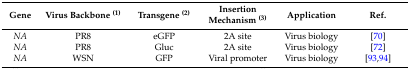
| Gene | Virus Backbone (1) | Transgene (2) | Insertion Mechanism (3) | Application | Ref. |
 | --- | --- | --- | --- | --- | --- |
 | NA | PR8 | eGFP | 2A site | Virus biology | [70] |
 | NA | PR8 | Gluc | 2A site | Virus biology | [72] |
 | NA | WSN | GFP | Viral promoter | Virus biology | [93,94] |